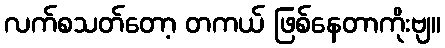
လက်စသတ်တော့ တကယ် ဖြစ်နေတာကိုးဗျ။